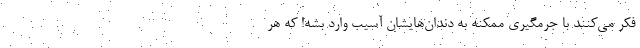
فکر می‌کنند با جرمگیری ممکنه به دندان‌هایشان آسیب وارد بشه! که هر